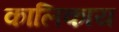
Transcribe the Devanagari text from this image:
कालिकाय